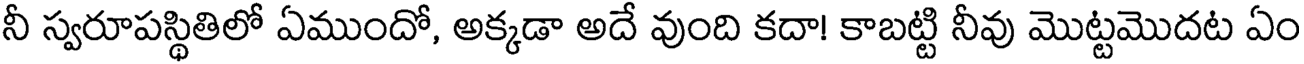
నీ స్వరూపస్థితిలో ఏముందో, అక్కడా అదే వుంది కదా! కాబట్టి నీవు మొట్టమొదట ఏం